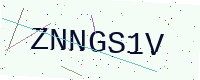
Text: ZNNGS1V